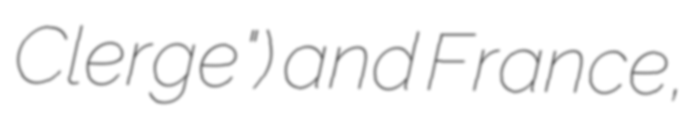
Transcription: Clerge") and France,